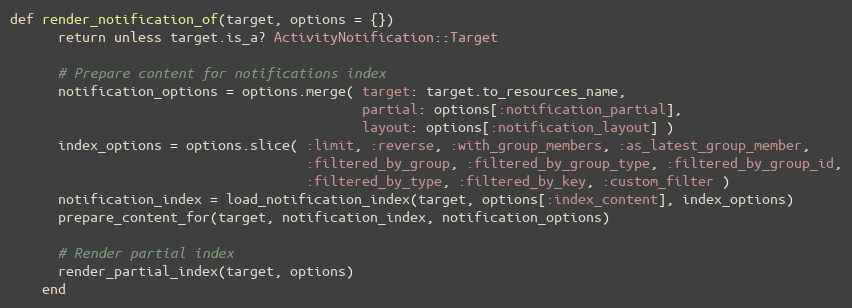
Language: Ruby
def render_notification_of(target, options = {})
      return unless target.is_a? ActivityNotification::Target

      # Prepare content for notifications index
      notification_options = options.merge( target: target.to_resources_name,
                                            partial: options[:notification_partial],
                                            layout: options[:notification_layout] )
      index_options = options.slice( :limit, :reverse, :with_group_members, :as_latest_group_member,
                                     :filtered_by_group, :filtered_by_group_type, :filtered_by_group_id,
                                     :filtered_by_type, :filtered_by_key, :custom_filter )
      notification_index = load_notification_index(target, options[:index_content], index_options)
      prepare_content_for(target, notification_index, notification_options)

      # Render partial index
      render_partial_index(target, options)
    end